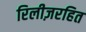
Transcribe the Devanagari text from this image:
रिलीज़रहित